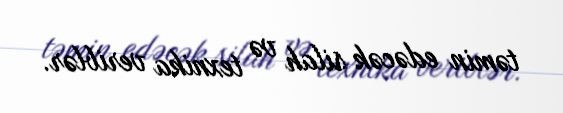
təmin edəcək silah və texnika veriblər.